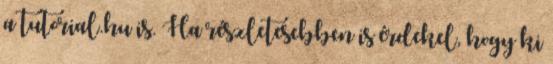
a tutorial.hu is. Ha részletesebben is érdekel, hogy ki